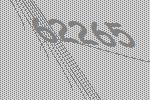
62265